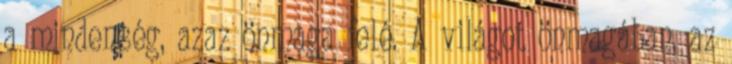
a mindenség, azaz önmaga felé. A világot önmagában, az